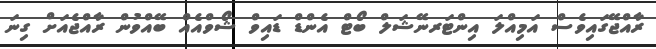
ރާއްޖޭގައިވެސް އަމިއްލަ އިންޓަރނޭޝަލް ބޯޓް އެންޑް ޑައިވް ޝޯވްއެއް ބޭއްވުން ރާއްޖެއަށް ގިނަ